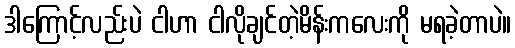
ဒါကြောင့်လည်းပဲ ငါဟာ ငါလိုချင်တဲ့မိန်းကလေးကို မရခဲ့တာပဲ။